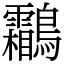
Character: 鸘